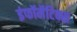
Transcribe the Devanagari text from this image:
इंफॉर्मेटिक्स